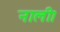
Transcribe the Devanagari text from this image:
नाली।